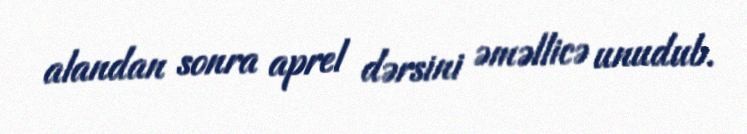
alandan sonra aprel dərsini əməllicə unudub.